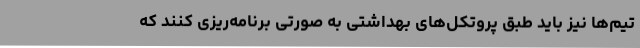
تیم‌ها نیز باید طبق پروتکل‌های بهداشتی به صورتی برنامه‌ریزی کنند که